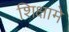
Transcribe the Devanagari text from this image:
शिक्षामे